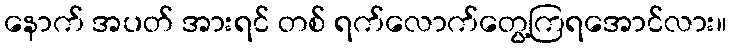
နောက် အပတ် အားရင် တစ် ရက်လောက်တွေ့ကြရအောင်လား။